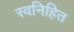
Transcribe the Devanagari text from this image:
स्वनिहित